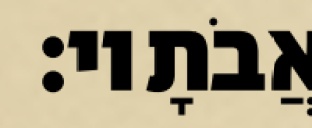
אֲבֹתָיו׃